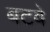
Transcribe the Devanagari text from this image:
बटवे